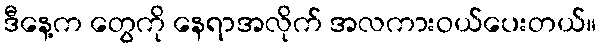
ဒီနေ့က တွေကို နေရာအလိုက် အလကားဝယ်ပေးတယ်။